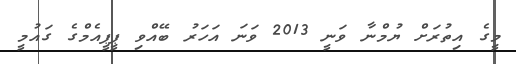
މީގެ އިތުރަށް ޔުމްނާ ވަނީ 2013 ވަނަ އަހަރު ބޭއްވި ޕީޕީއެމްގެ ގައުމީ